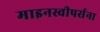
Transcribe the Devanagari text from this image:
माइनस्वीपर्सना